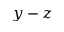
y - z